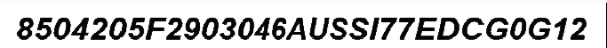
8504205F2903046AUSSI77EDCG0G12